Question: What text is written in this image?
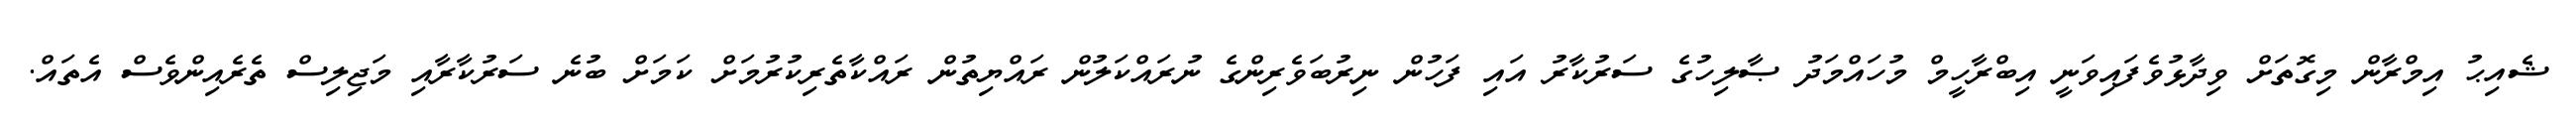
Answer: ޝެއިޙު އިމްރާން މިގޮތަށް ވިދާޅުވެފައިވަނީ އިބްރާހީމް މުހައްމަދު ޞާލިހުގެ ސަރުކާރު އައި ފަހުން ނިރުބަވެރިންގެ ނުރައްކަލުން ރައްޔިތުން ރައްކާތެރިކުރުމަށް ކަމަށް ބުނެ ސަރުކާރާއި މަޖިލިސް ތެރެއިންވެސް އެތައް.